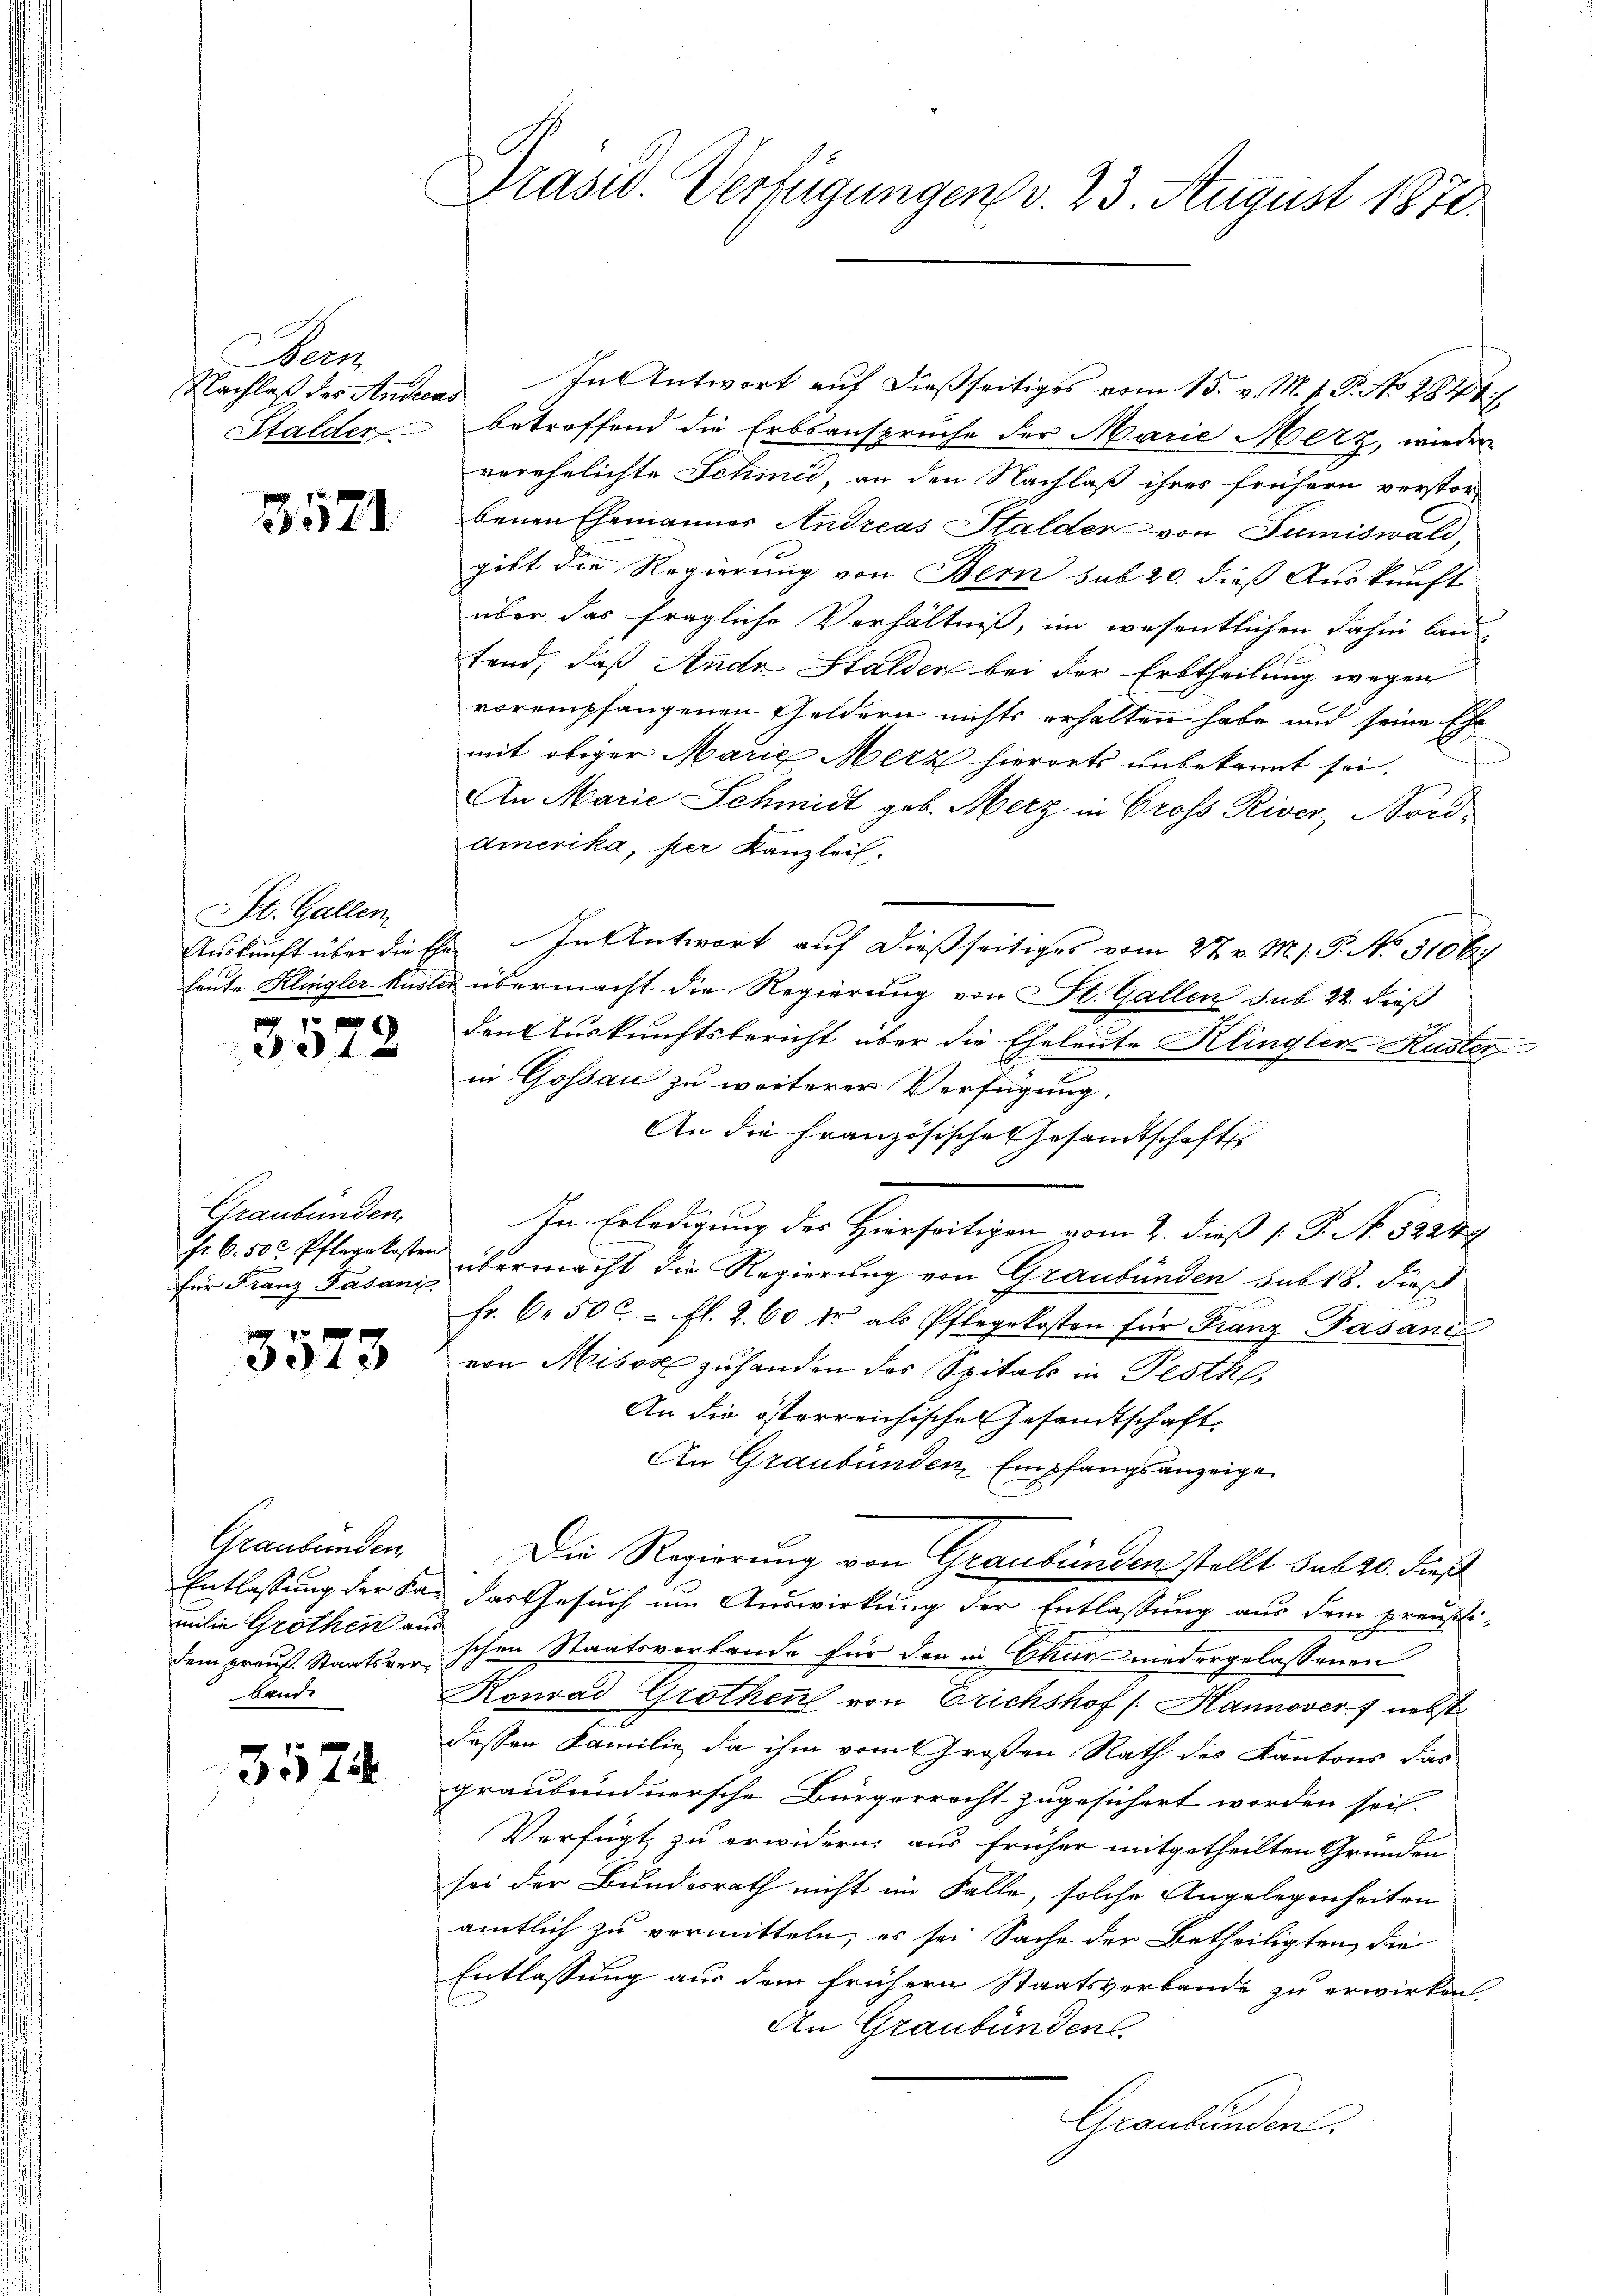
ee
Nachlaß des Andreas
Stalder

3571

St. Gallen

e

Graubünden,
für Franz Fasani

3573

Graubünden
milie Grothen aus
dem prauf. Staatsver¬
Lande

3574

Präsid. Verfügungen v. 23. August 1870.

In Antwort auf dießseitiges vom 15. v. M. v. P. No 2824./
betreffend die Erbsansprüche der Marie Merz, wieder
verehelichte Schmid, an den Nachlaß ihres frühern verstor-
benen Ehemannes Andreas Halder von Sumiswald,
gibt die Regierung von Bern sub 20. dieß Auskunft
über das fragliche Verhältniß, im wesentlichen dahin lau
tend, daß Ande Halden bei der Erbtheilung wegen
vorempfangenen Geldern nichts erhalten habe und seine Ehe
mit obiger Marie Merz hierorts unbekannt sei,
An Marie Schmidt geb. Merz in Gross River, Nord¬
Amerika, per Kanzlei.
Auskunft über die Ehe. In Antwort auf dießseitiges vom 27. v. M. h. T. No. 3106
laute Klingler-Kuster übermacht die Regierung von St. Gallen sub 22 dieß
den Auskunftsbericht über die Eheleute Klingler Kuster
in Gossau zu weiterer Verfügung
An die Französische Gesandtschaft
In Erledigung des Hierseitigen vom 2. dieß [ P. No. 32219
s. 6. 502. Pflegekosten übermacht die Regierung von Graubünden sub 18. dieß
fr. 6 50 c. fl. 2. 60 fr als Pflegekosten für Franz Pasaniz
von Misos zuhanden des Spitals in Pesth,
An die österreichisches Gesandtschaft
An Graubünden Empfangsanzeige
Die Regierung von Graubünden stellt sub 20. dieß
Entlassung der Fa- das Gesuch um Auswirkung der Entlassung aus dem preußischen Staatsverbande für der in Baur niedergelassenen
Konrad Grothen von Erichshof /: Hannover f nebst
dessen Familie, da ihm vom Großen Rath des Kantons das
graubündnersche Bürgerrecht zugesichert worden sei.
Verfügt, zu erwidern aus früher mitgetheilten Gründen
sei der Bundesrath nicht im Falle, solche Angelegenheiten
amtlich zu vermitteln, es sei Sache der Betheiligten, die
Entlassung aus dem frühern Staatsverbande zu erwirken.
An Graubünden
Graubünden.